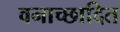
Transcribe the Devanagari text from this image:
वनाच्‍छादित